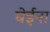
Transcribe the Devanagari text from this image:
घेईना